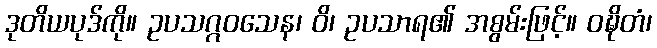
ဒုတိယပုဒ်ကို။ ဥပသဂ္ဂဝသေန၊ ဝိ၊ ဥပသာရ၏ အစွမ်းဖြင့်။ ဝဍ္ဎိတံ၊